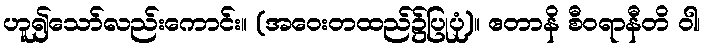
ဟူ၍သော်လည်းကောင်း။ (အဝေးတထည်၌ပြုပုံ)။ ဧတာနိ စီဝရာနီတိ ဝါ၊